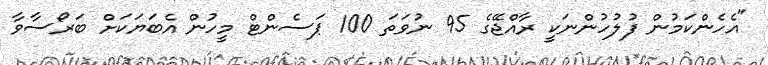
"އެހެންކަމުން ފުލުހުންނަކީ ރާއްޖޭގެ 95 ނުވަތަ 100 ޕަސެންޓް މީހުން އެބަޔަކަށް ބަރޯސާވާ